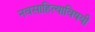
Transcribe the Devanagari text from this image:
नवसाहित्याविषयी